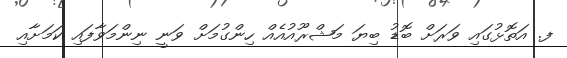
ފ. އަތޮޅުގައި ވަރަށް ބޮޑު ބިޔަ މަޝްރޫއުއެއް ހިންގުމަށް ވަނީ ނިންމަވާފައި ކަމަށާއި